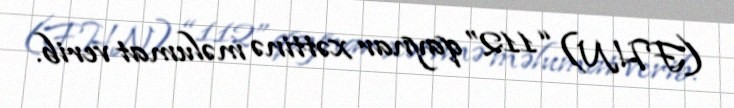
(FHN) “112” qaynar xəttinə məlumat verib.